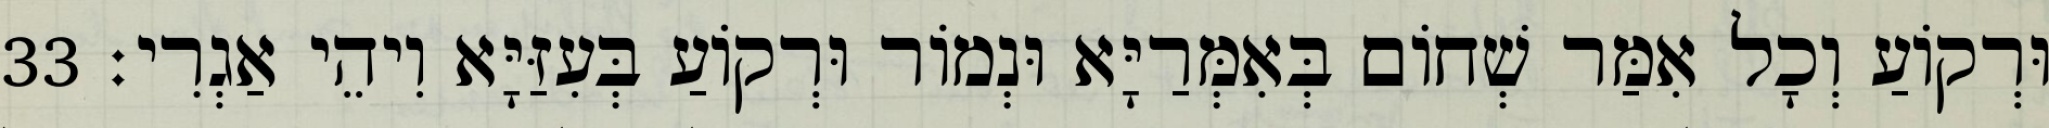
וּרְקוֹעַ וְכָל אִמַּר שְׁחוֹם בְּאִמְּרַיָּא וּנְמוֹר וּרְקוֹעַ בְּעִזַּיָּא וִיהֵי אַגְרִי׃ 33